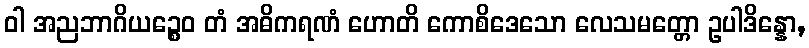
ဝါ အညဘာဂိယဉ္စေဝ တံ အဓိကရဏံ ဟောတိ ကောစိဒေသော လေသမတ္တော ဥပါဒိန္နော,